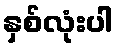
နှစ်လုံးပါ